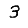
Digit: 3